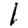
Digit: 1